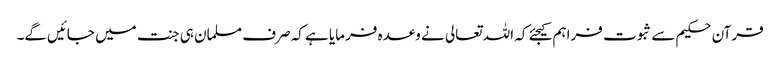
قرآن حکیم سے ثبوت فراہم کیجئے کہ اللہ تعالی نے وعدہ فرمایا ہے کہ صرف مسلمان ہی جنت میں‌ جائیں‌گے۔